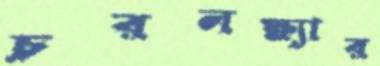
চরলক্ষ্যার